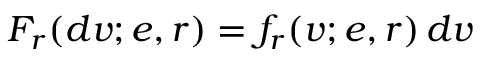
F _ { r } ( d v ; e , r ) = f _ { r } ( v ; e , r ) \, d v